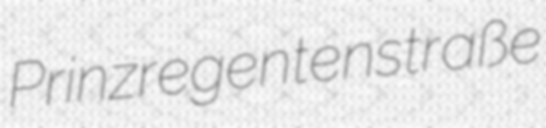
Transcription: Prinzregentenstraße